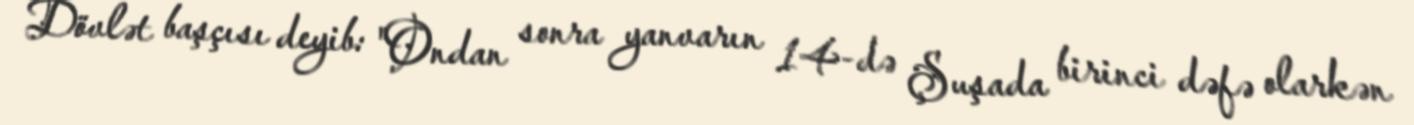
Dövlət başçısı deyib: "Ondan sonra yanvarın 14-də Şuşada birinci dəfə olarkən